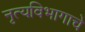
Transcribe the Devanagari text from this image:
नृत्यविभागाचे